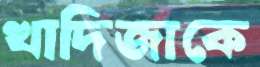
খাদিজাকে